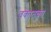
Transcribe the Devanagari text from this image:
वकातका